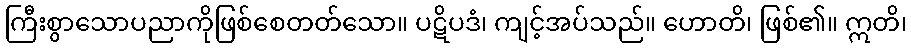
ကြီးစွာသောပညာကိုဖြစ်စေတတ်သော။ ပဋိပဒံ၊ ကျင့်အပ်သည်။ ဟောတိ၊ ဖြစ်၏။ ဣတိ၊